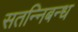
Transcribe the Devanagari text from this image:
सतन्निबन्ध